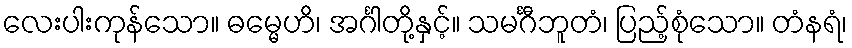
လေးပါးကုန်သော။ ဓမ္မေဟိ၊ အင်္ဂါတို့နှင့်။ သမင်္ဂီဘူတံ၊ ပြည့်စုံသော။ တံနရံ၊